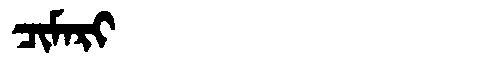
Manchu: ᠴᡳᠮᠠᡵᡳ
Romanization: CIMARI